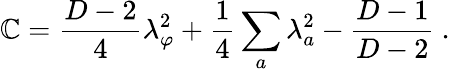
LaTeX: \mathbb{C}={\frac{{D-2}}{{4}}}\lambda_{\varphi}^{2}+{\frac{{1}}{{4}}}\sum_{a}\lambda_{a}^{2}-{\frac{{D-1}}{{D-2}}}\ .